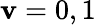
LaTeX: \mathbf{v}=0,1